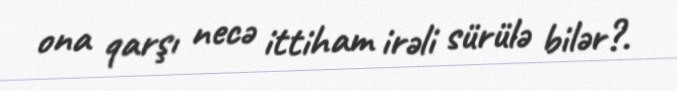
ona qarşı necə ittiham irəli sürülə bilər?.